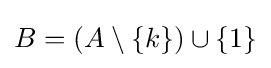
B=(A\setminus \{k\})\cup \{1\}